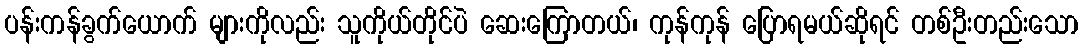
ပန်းကန်ခွက်ယောက် များကိုလည်း သူကိုယ်တိုင်ပဲ ဆေးကြောတယ်၊ ကုန်ကုန် ပြောရမယ်ဆိုရင် တစ်ဦးတည်းသော